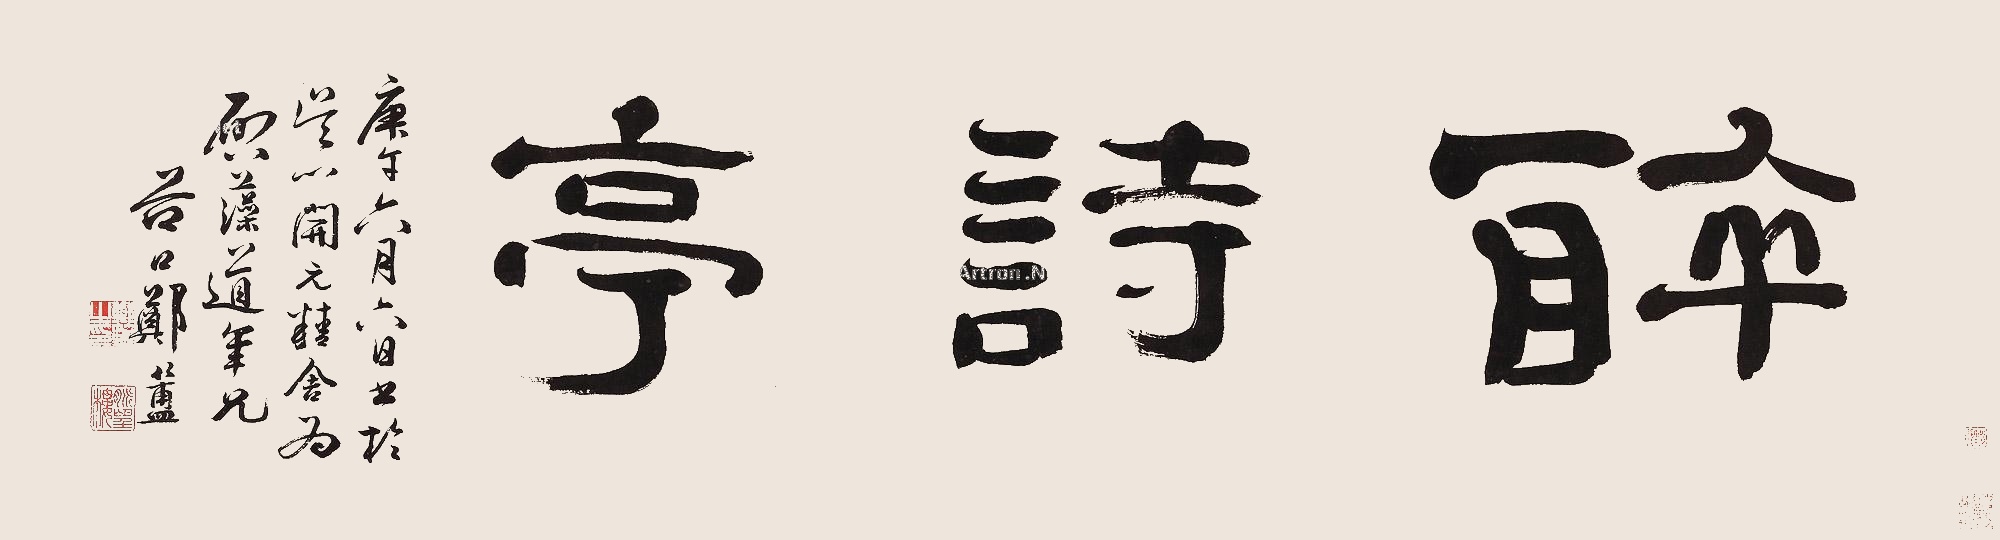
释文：醉诗亭。庚午（1690年）六月六日书于吴门开元精舍，为启藻道年兄。谷口郑簠。